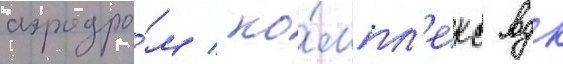
аэродро́м / ко́мпл'екс вдк